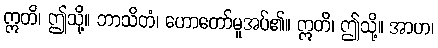
ဣတိ၊ ဤသို့။ ဘာသိတံ၊ ဟောတော်မူအပ်၏။ ဣတိ၊ ဤသို့။ အာဟ၊